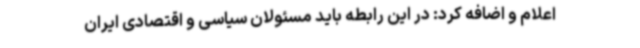
اعلام و اضافه کرد: در این رابطه باید مسئولان سیاسی و اقتصادی ایران